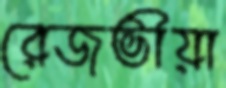
রেজভীয়া